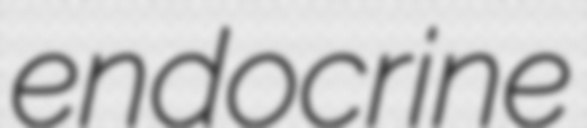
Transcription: endocrine